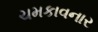
ચમકાવનાર